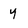
Character: y